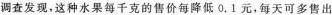
调查发现，这种水果每千克的售价每降低0.1元，每天可多售出